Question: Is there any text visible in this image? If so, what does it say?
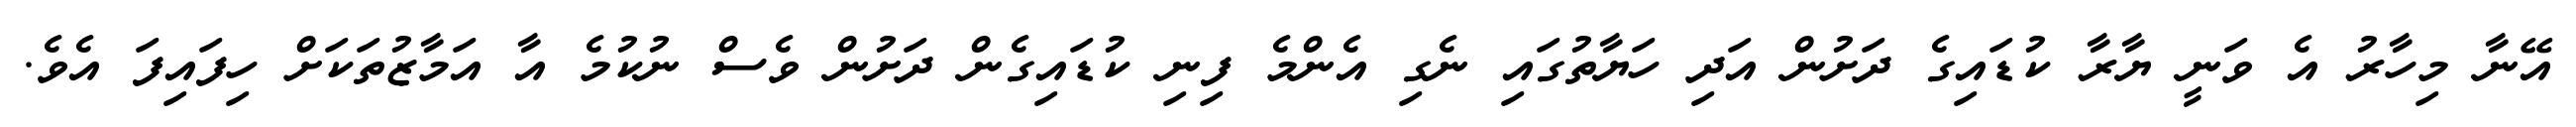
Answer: އޭނާ މިހާރު އެ ވަނީ ޔާރާ ކުޑައިގެ ދަށުން އަދި ހަޔާތުގައި ނެގި އެންމެ ފިނި ކުޑައިގެން ދަށުން ވެސް ނުކުމެ އާ އަމާޒުތަކަށް ހިފައިފަ އެވެ.